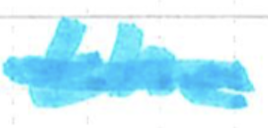
Text: the
Cross-out: mix
Writing tool: marker